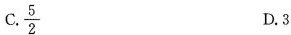
C.\frac{5}{2} D.3